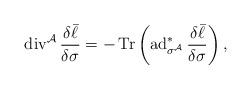
LaTeX: \begin{align*}\operatorname{div}^\mathcal{A}\frac{\delta \bar{\ell}}{\delta\sigma}=-\operatorname{Tr}\left(\operatorname{ad}^*_{\sigma^\mathcal{A}}\frac{\delta \bar{\ell}}{\delta\sigma}\right),\end{align*}